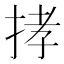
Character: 𢭦